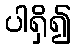
ပါရှိ၍